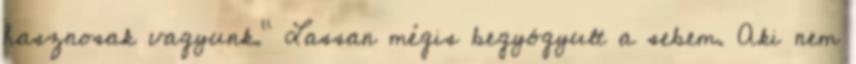
hasznosak vagyunk." Lassan mégis begyógyult a sebem. Aki nem